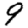
Digit: 9